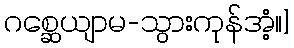
ဂစ္ဆေယျာမ-သွားကုန်အံ့။]